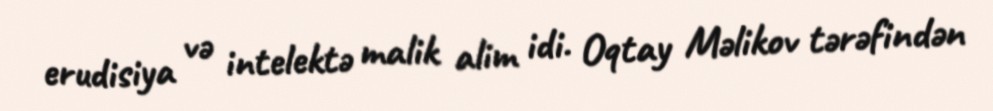
erudisiya və intelektə malik alim idi. Oqtay Məlikov tərəfindən